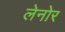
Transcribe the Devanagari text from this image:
लेनोर